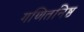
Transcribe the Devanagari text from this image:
गणितनिष्ठ